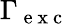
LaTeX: \Gamma_{\mathrm{~e~x~c~}}